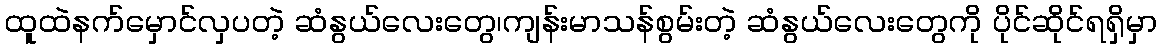
ထူထဲနက်မှောင်လှပတဲ့ ဆံနွယ်လေးတွေ၊ကျန်းမာသန်စွမ်းတဲ့ ဆံနွယ်လေးတွေကို ပိုင်ဆိုင်ရရှိမှာ